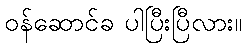
ဝန်ဆောင်ခ ပါပြီးပြီလား။